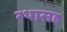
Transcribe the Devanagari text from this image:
रथासह